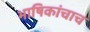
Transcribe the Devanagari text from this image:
भाषिकांचाच